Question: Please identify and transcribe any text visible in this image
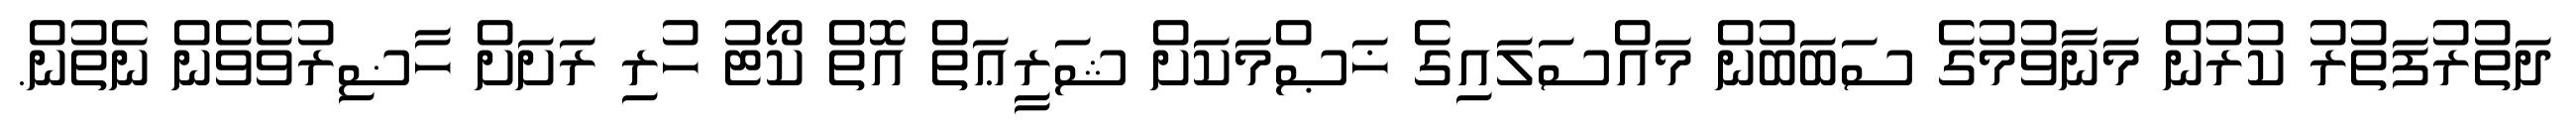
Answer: ދަތުރުފަތުރު ކުރުން މަނާވުމުގެ ސަބަބުން މައްސަލައިގެ ޚަޞްމަކަށް ޝަރީޢަތް އޮތް ކޯޓު ހުރި ރަށަށް ހާޟިރުވެވެން ނެތުން.